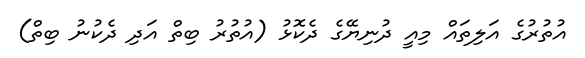
އުތުރުގެ އަލިތައް މިއީ ދުނިޔޭގެ ދެކޮޅު (އުތުުރު ބިތް އަދި ދެކުނު ބިތް)